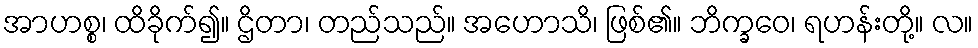
အာဟစ္စ၊ ထိခိုက်၍။ ဌိတာ၊ တည်သည်။ အဟောသိ၊ ဖြစ်၏။ ဘိက္ခဝေ၊ ရဟန်းတို့။ လ။